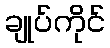
ချုပ်ကိုင်